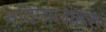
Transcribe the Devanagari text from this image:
नदिनालाहरु